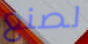
لصنع